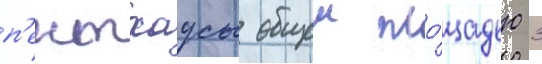
п'ентхаусы общеи пло́щадью 3